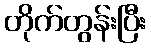
တိုက်တွန်းပြီး